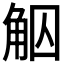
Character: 𧣕